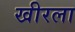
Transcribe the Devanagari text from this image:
खीरला